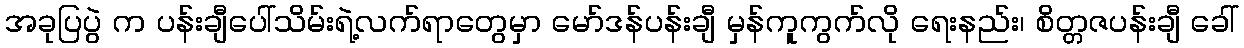
အခုပြပွဲ က ပန်းချီပေါ်သိမ်းရဲ့လက်ရာတွေမှာ မော်ဒန်ပန်းချီ မှန်ကူကွက်လို ရေးနည်း၊ စိတ္တဇပန်းချီ ခေါ်